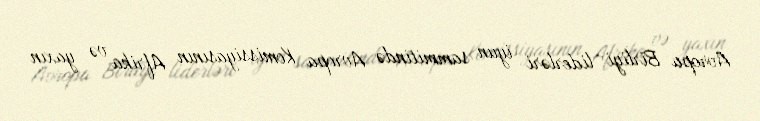
Avropa Birliyi liderləri iyun sammitində Avropa Komissiyasının Afrika və yaxın